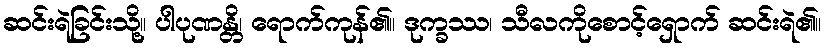
ဆင်းရဲခြင်းသို့။ ပါပုဏန္တိ၊ ရောက်ကုန်၏။ ဒုက္ခဿ၊ သီလကိုစောင့်ရှောက် ဆင်းရဲ၏။